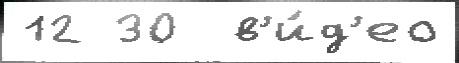
12 30  в'и́д'ео